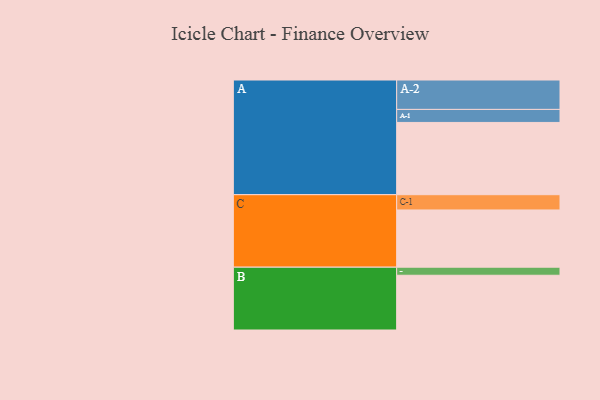
{"axis": {"x": "Segment", "y": "Value"}, "legend": ["", "A", "B", "C"], "data": [{"x": "A", "y": 582, "type": ""}, {"x": "B", "y": 441, "type": ""}, {"x": "C", "y": 461, "type": ""}, {"x": "A-1", "y": 105, "type": "A"}, {"x": "A-2", "y": 237, "type": "A"}, {"x": "B-1", "y": 65, "type": "B"}, {"x": "C-1", "y": 123, "type": "C"}]}